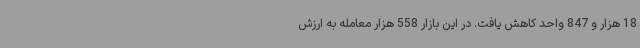
18 هزار و 847 واحد کاهش یافت. در این بازار 558 هزار معامله به ارزش